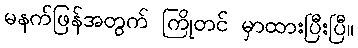
မနက်ဖြန်အတွက် ကြိုတင် မှာထားပြီးပြီ။